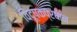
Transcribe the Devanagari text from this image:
विदूषकप्रधान